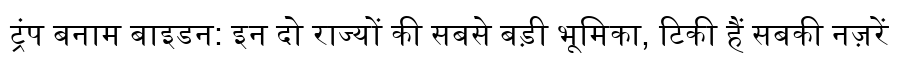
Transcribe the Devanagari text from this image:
ट्रंप बनाम बाइडन: इन दो राज्यों की सबसे बड़ी भूमिका, टिकी हैं सबकी नज़रें